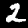
Label: 2